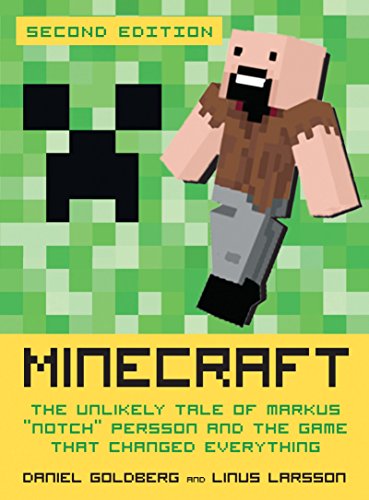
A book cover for Minecraft, Second Edition: The Unlikely Tale of Markus "Notch" Persson and the Game That Changed Everything; Daniel Goldberg; Humor & Entertainment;